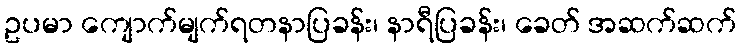
ဥပမာ ကျောက်မျက်ရတနာပြခန်း၊ နာရီပြခန်း၊ ခေတ် အဆက်ဆက်